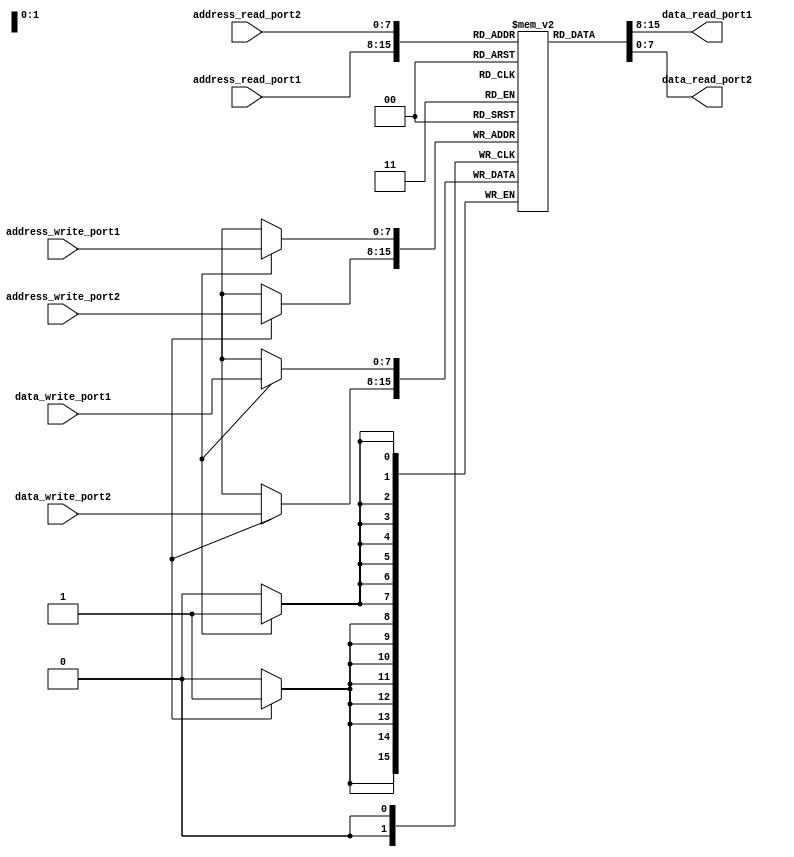
module dual_port_register_file (
  input wire [7:0] address_read_port1,
  input wire [7:0] address_write_port1,
  input wire [7:0] data_write_port1,
  output reg [7:0] data_read_port1,
  
  input wire [7:0] address_read_port2,
  input wire [7:0] address_write_port2,
  input wire [7:0] data_write_port2,
  output reg [7:0] data_read_port2
);

reg [7:0] registers [0:255];

always @(posedge clk) begin
  if (write_enable_port1 == 1) begin
    registers[address_write_port1] <= data_write_port1;
  end
  
  if (write_enable_port2 == 1) begin
    registers[address_write_port2] <= data_write_port2;
  end
end

always @(*) begin
  data_read_port1 <= registers[address_read_port1];
  data_read_port2 <= registers[address_read_port2];
end

endmodule